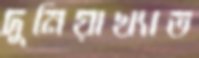
দুনিয়াখ্যাত